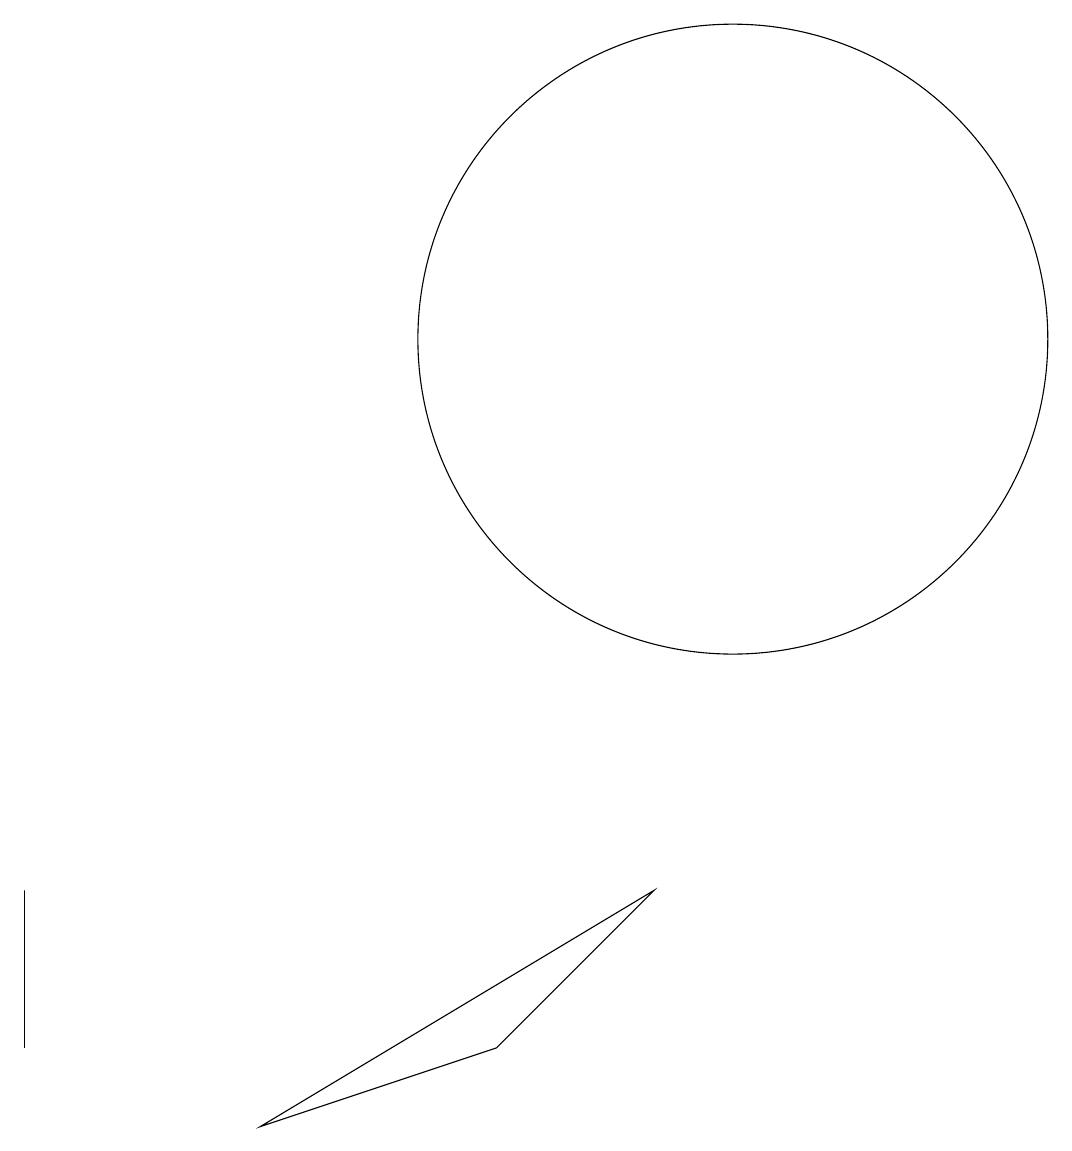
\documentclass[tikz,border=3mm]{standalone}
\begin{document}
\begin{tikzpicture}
\draw (1,1) -- (1,3) -- (1,3) -- cycle;
\draw (10,10) circle (4);
\draw (4,0) -- (9,3) -- (7,1) -- cycle;
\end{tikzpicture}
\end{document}